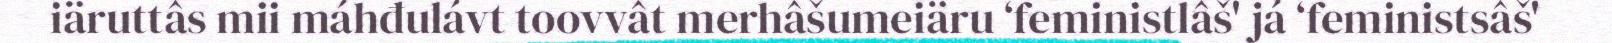
iäruttâs mii máhđulávt toovvât merhâšumeiäru ‘feministlâš' já ‘feministsâš'